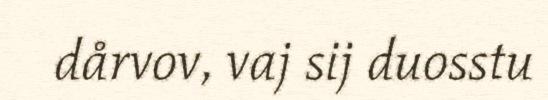
dårvov, vaj sij duosstu